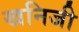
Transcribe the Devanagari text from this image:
खनिजी